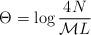
LaTeX: \begin{align*}\Theta =\log \displaystyle\frac{4N}{{\cal M}L}\end{align*}